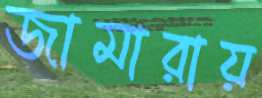
জামারায়